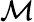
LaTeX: \cal M